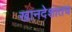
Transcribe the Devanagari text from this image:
खानदेशातच